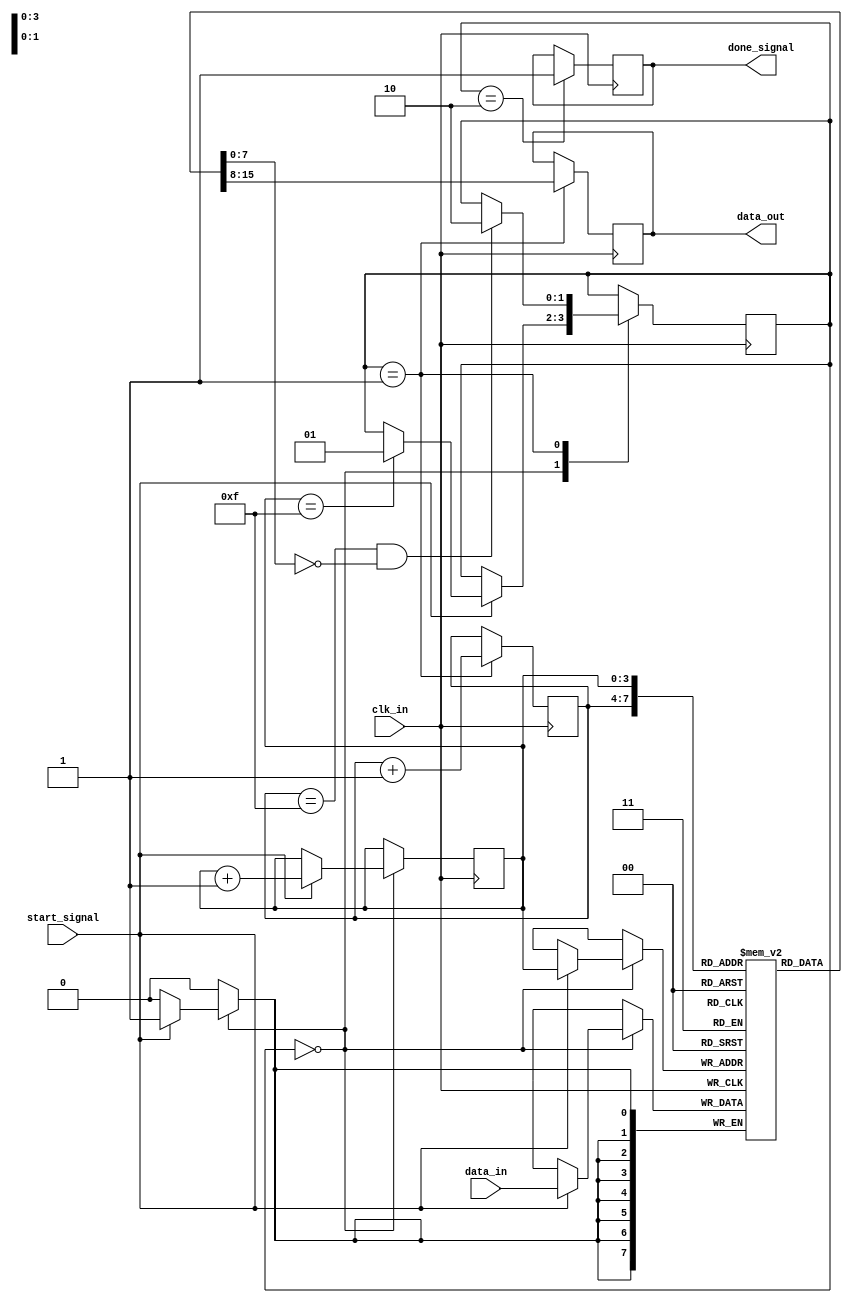
module burst_synchronizer (
    input wire clk_in,
    input wire [7:0] data_in,
    input wire start_signal,
    output reg [7:0] data_out,
    output reg done_signal
);

reg [7:0] fifo [0:15];
reg [3:0] write_ptr = 4'b0000;
reg [3:0] read_ptr = 4'b0000;
reg [1:0] state = 2'b00;

always @(posedge clk_in) begin
    case (state)
        2'b00: begin
            if(start_signal == 1'b1) begin
                fifo[write_ptr] <= data_in;
                write_ptr <= write_ptr + 1;
                if(write_ptr == 4'b1111) begin
                    state <= 2'b01;
                end
            end
        end
        2'b01: begin
            data_out <= fifo[read_ptr];
            if(read_ptr == 4'b1111 && fifo[write_ptr] == 8'h0) begin
                state <= 2'b10;
            end
            read_ptr <= read_ptr + 1;
        end
        2'b10: begin
            done_signal <= 1'b1;
        end
    endcase
end

endmodule